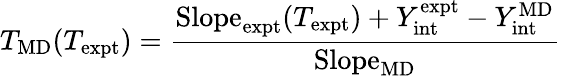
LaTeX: T_{\mathrm{MD}}(T_{\mathrm{expt}})=\frac{\mathrm{Slope}_{\mathrm{expt}}(T_{\mathrm{expt}})+Y_{\mathrm{int}}^{\mathrm{expt}}-Y_{\mathrm{int}}^{\mathrm{MD}}}{\mathrm{Slope}_{\mathrm{MD}}}